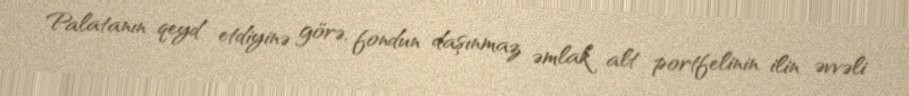
Palatanın qeyd etdiyinə görə, fondun daşınmaz əmlak alt portfelinin ilin əvvəli